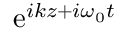
\mathrm { e } ^ { i k z + i \omega _ { 0 } t }